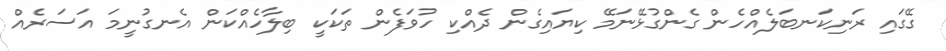
ގޭގައި ރަނިކަނބަލެއްހެން ގެންގުޅޭނަމޭ ކިޔައިގެން ދެއްކި ހުވަފެން ތަކަކީ ބިލާހެއްކަން އެނގުނީމަ އަސަރެއް